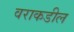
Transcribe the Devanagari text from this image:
वराकडील